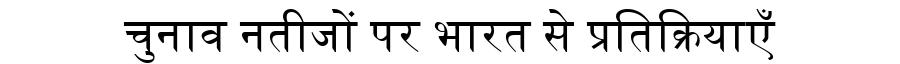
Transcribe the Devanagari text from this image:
चुनाव नतीजों पर भारत से प्रतिक्रियाएँ